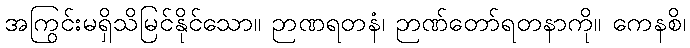
အကြွင်းမရှိသိမြင်နိုင်သော။ ဉာဏရတနံ၊ ဉာဏ်တော်ရတနာကို။ ကေနစိ၊